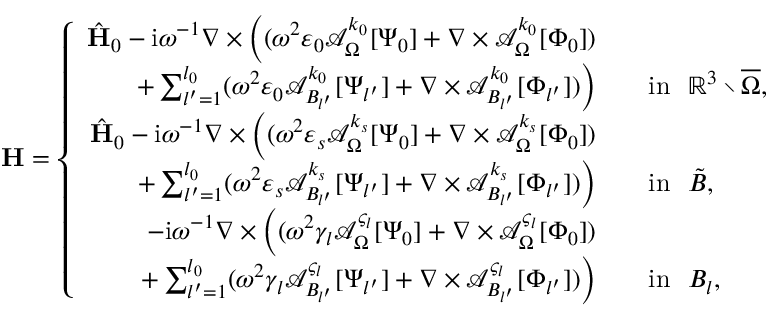
\mathbf { H } = \left\{ \begin{array} { r l } { \hat { \mathbf { H } } _ { 0 } - \mathrm { i } \omega ^ { - 1 } \nabla \times \Big ( ( \omega ^ { 2 } \varepsilon _ { 0 } \mathcal { A } _ { \Omega } ^ { k _ { 0 } } [ \Psi _ { 0 } ] + \nabla \times \mathcal { A } _ { \Omega } ^ { k _ { 0 } } [ \Phi _ { 0 } ] ) } & { } \\ { + \sum _ { l ^ { \prime } = 1 } ^ { l _ { 0 } } ( \omega ^ { 2 } \varepsilon _ { 0 } \mathcal { A } _ { B _ { l ^ { \prime } } } ^ { k _ { 0 } } [ \Psi _ { l ^ { \prime } } ] + \nabla \times \mathcal { A } _ { B _ { l ^ { \prime } } } ^ { k _ { 0 } } [ \Phi _ { l ^ { \prime } } ] ) \Big ) } & { \quad \mathrm { i n } \ \ \mathbb { R } ^ { 3 } \setminus \overline { \Omega } , } \\ { \hat { \mathbf { H } } _ { 0 } - \mathrm { i } \omega ^ { - 1 } \nabla \times \Big ( ( \omega ^ { 2 } \varepsilon _ { s } \mathcal { A } _ { \Omega } ^ { k _ { s } } [ \Psi _ { 0 } ] + \nabla \times \mathcal { A } _ { \Omega } ^ { k _ { s } } [ \Phi _ { 0 } ] ) } & { } \\ { + \sum _ { l ^ { \prime } = 1 } ^ { l _ { 0 } } ( \omega ^ { 2 } \varepsilon _ { s } \mathcal { A } _ { B _ { l ^ { \prime } } } ^ { k _ { s } } [ \Psi _ { l ^ { \prime } } ] + \nabla \times \mathcal { A } _ { B _ { l ^ { \prime } } } ^ { k _ { s } } [ \Phi _ { l ^ { \prime } } ] ) \Big ) } & { \quad \mathrm { i n } \ \ \tilde { B } , } \\ { - \mathrm { i } \omega ^ { - 1 } \nabla \times \Big ( ( \omega ^ { 2 } \gamma _ { l } \mathcal { A } _ { \Omega } ^ { \varsigma _ { l } } [ \Psi _ { 0 } ] + \nabla \times \mathcal { A } _ { \Omega } ^ { \varsigma _ { l } } [ \Phi _ { 0 } ] ) } & { } \\ { + \sum _ { l ^ { \prime } = 1 } ^ { l _ { 0 } } ( \omega ^ { 2 } \gamma _ { l } \mathcal { A } _ { B _ { l ^ { \prime } } } ^ { \varsigma _ { l } } [ \Psi _ { l ^ { \prime } } ] + \nabla \times \mathcal { A } _ { B _ { l ^ { \prime } } } ^ { \varsigma _ { l } } [ \Phi _ { l ^ { \prime } } ] ) \Big ) } & { \quad \mathrm { i n } \ \ B _ { l } , } \end{array} \right.